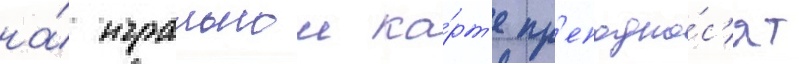
на́ игральнои ка́рт'е пр'еподно́с'ят